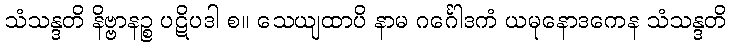
သံသန္ဒတိ နိဗ္ဗာနဉ္စ ပဋိပဒါ စ။ သေယျထာပိ နာမ ဂင်္ဂေါဒကံ ယမုနောဒကေန သံသန္ဒတိ